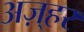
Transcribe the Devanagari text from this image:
अज़्हर